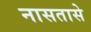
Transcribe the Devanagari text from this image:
नासतासे